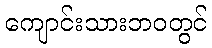
ကျောင်းသားဘဝတွင်